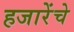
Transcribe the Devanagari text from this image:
हजारेंचे